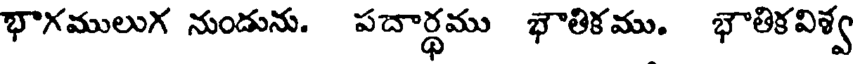
భాగములుగ నుండును. పదార్థము భౌతికము. భౌతికవిశ్వ